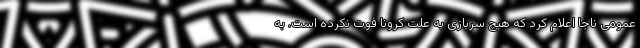
عمومی ناجا اعلام کرد که هیچ سربازی به علت کرونا فوت نکرده است. به